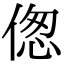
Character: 偬